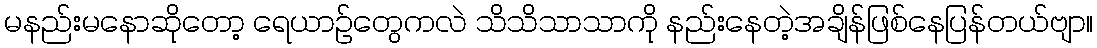
မနည်းမနောဆိုတော့ ရေယာဉ်တွေကလဲ သိသိသာသာကို နည်းနေတဲ့အချိန်ဖြစ်နေပြန်တယ်ဗျာ။